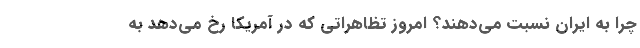
چرا به ایران نسبت می‌دهند؟ امروز تظاهراتی که در آمریکا رخ می‌دهد به